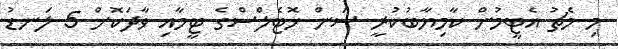
މި މެޗު އެޓީމުން ކާމިޔާބުކުރީ ސަން ހޮޓެލްސްގެ ޓީމާއި ވާދަކޮށް 5 ލަނޑު